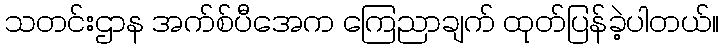
သတင်းဌာန အက်စ်ပီအေက ကြေညာချက် ထုတ်ပြန်ခဲ့ပါတယ်။